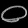
Digit: ၀